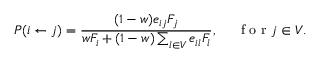
P ( i \gets j ) = \frac { ( 1 - w ) e _ { i j } F _ { j } } { w F _ { i } + ( 1 - w ) \sum _ { l \in V } e _ { i l } F _ { l } } , ~ ~ ~ ~ \mathrm { ~ f ~ o ~ r ~ } j \in V .